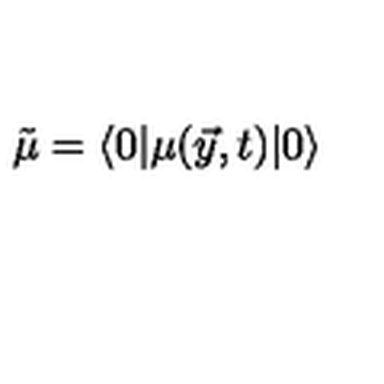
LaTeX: \tilde { \mu } = \langle 0 | \mu ( \vec { y } , t ) | 0 \rangle